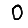
Digit: 0